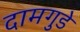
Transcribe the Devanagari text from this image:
दामगुडे